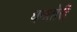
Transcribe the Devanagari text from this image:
धनतोरी